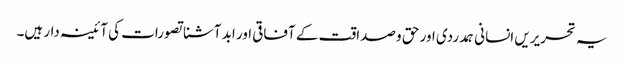
یہ تحریریں انسانی ہمدردی اور حق و صداقت کے آفاقی اور ابد آشنا تصورات کی آئینہ دار ہیں۔